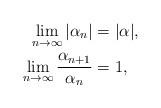
LaTeX: \begin{align*}\lim_{n\to\infty} |\alpha_n| &= |\alpha|, \\\lim_{n\to\infty} \frac{\alpha_{n+1}}{\alpha_n} &= 1,\end{align*}